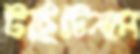
টাইটেনাম